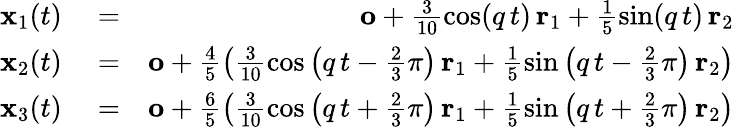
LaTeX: \begin{array}{rlr}{{\mathbf x}_{1}(t)}&{{}=}&{{\mathbf o}+\frac{3}{10}\cos(q\, t)\, {\mathbf r}_{1}+\frac{1}{5}\sin(q\, t)\, {\mathbf r}_{2}}\\ {{\mathbf x}_{2}(t)}&{{}=}&{{\mathbf o}+\frac{4}{5}\left(\frac{3}{10}\cos\left(q\, t-\frac{2}{3}\pi\right)\, {\mathbf r}_{1}+\frac{1}{5}\sin\left(q\, t-\frac{2}{3}\pi\right)\, {\mathbf r}_{2}\right)}\\ {{\mathbf x}_{3}(t)}&{{}=}&{{\mathbf o}+\frac{6}{5}\left(\frac{3}{10}\cos\left(q\, t+\frac{2}{3}\pi\right)\, {\mathbf r}_{1}+\frac{1}{5}\sin\left(q\, t+\frac{2}{3}\pi\right)\, {\mathbf r}_{2}\right)}\end{array}